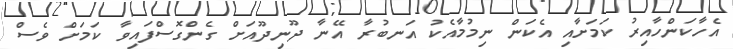
އެހާކަންހާއިރު ކަމަށާއި އެކަން ނިމުމާއެކު އަނބުރާ އޭނާ ދޫނިދޫއަށް ގެންގޮސްފައިވާ ކަމަށް ވެސް